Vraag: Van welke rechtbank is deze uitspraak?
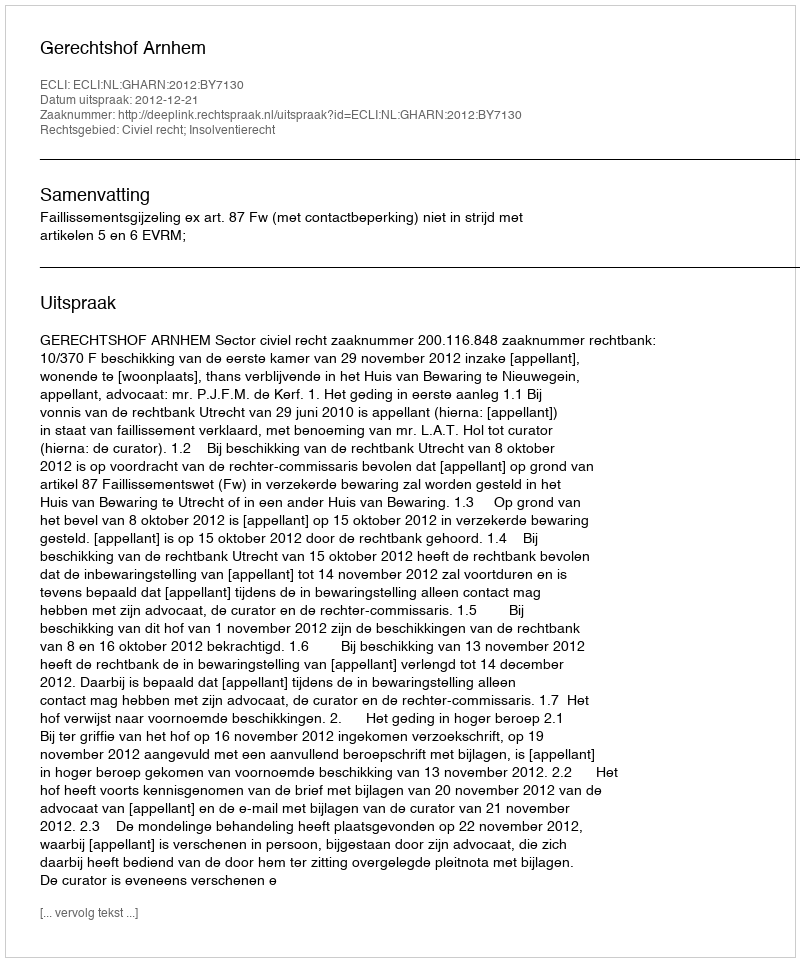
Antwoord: Gerechtshof Arnhem